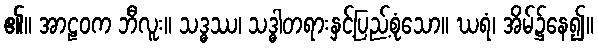
၏။ အာဠဝက ဘီလူး။ သဒ္ဓဿ၊ သဒ္ဓါတရားနှင့်ပြည့်စုံသော။ ဃရံ၊ အိမ်၌နေ၍။